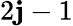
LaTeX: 2\mathbf{j}-1